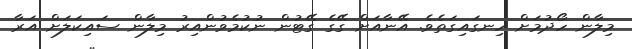
މިލާން ހޯދުމަށް ހިނގައިގަތެވެ. އޭނާއަށް ގޭގެ ގޭޓުން ނުކުމެވުންއިރު މިލާން ސައިކަލަށް އަރާ